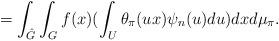
LaTeX: \begin{align*}=\int_{\hat{G}}^{} \int_{G}^{}f(x)(\int_{U}^{}\theta_{\pi}(ux)\psi_{n}(u)du)dxd\mu_{\pi}.\end{align*}